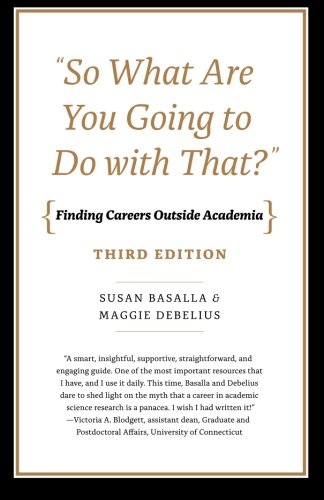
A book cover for "So What Are You Going to Do with That?": Finding Careers Outside Academia, Third Edition; Susan Basalla; Business & Money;